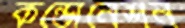
কন্ডোনেশন